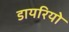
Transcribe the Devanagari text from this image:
डायरियो